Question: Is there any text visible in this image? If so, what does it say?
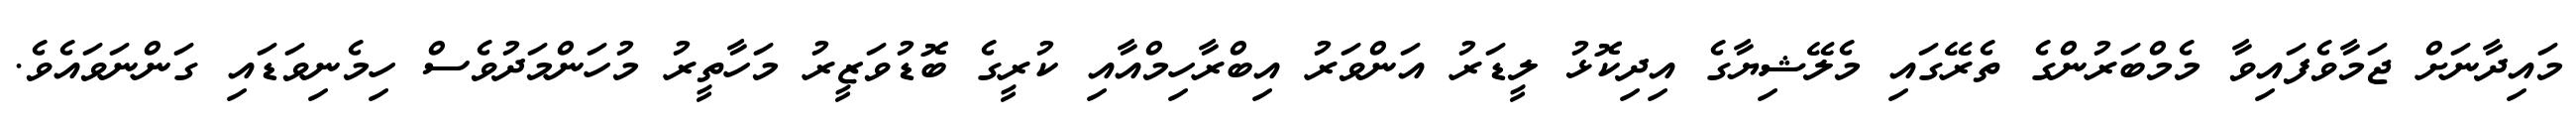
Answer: މައިދާނަށް ޖަމާވެފައިވާ މެމްބަރުންގެ ތެރޭގައި މެލޭޝިޔާގެ އިދިކޮޅު ލީޑަރު އަންވަރު އިބްރާހިމްއާއި ކުރީގެ ބޮޑުވަޒީރު މަހާތީރު މުހަންމަދުވެސް ހިމެނިވަޑައި ގަންނަވައެވެ.